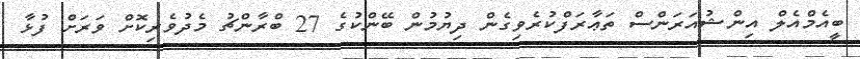
ބީއެމްއެލް އިންޝުއަރަންސް ތަޢާރަފްކުރެވިގެން ދިޔުމުން ބޭންކުގެ 27 ބްރާންޗު މެދުވެރިކޮށް ވަރަށް ފުޅާ